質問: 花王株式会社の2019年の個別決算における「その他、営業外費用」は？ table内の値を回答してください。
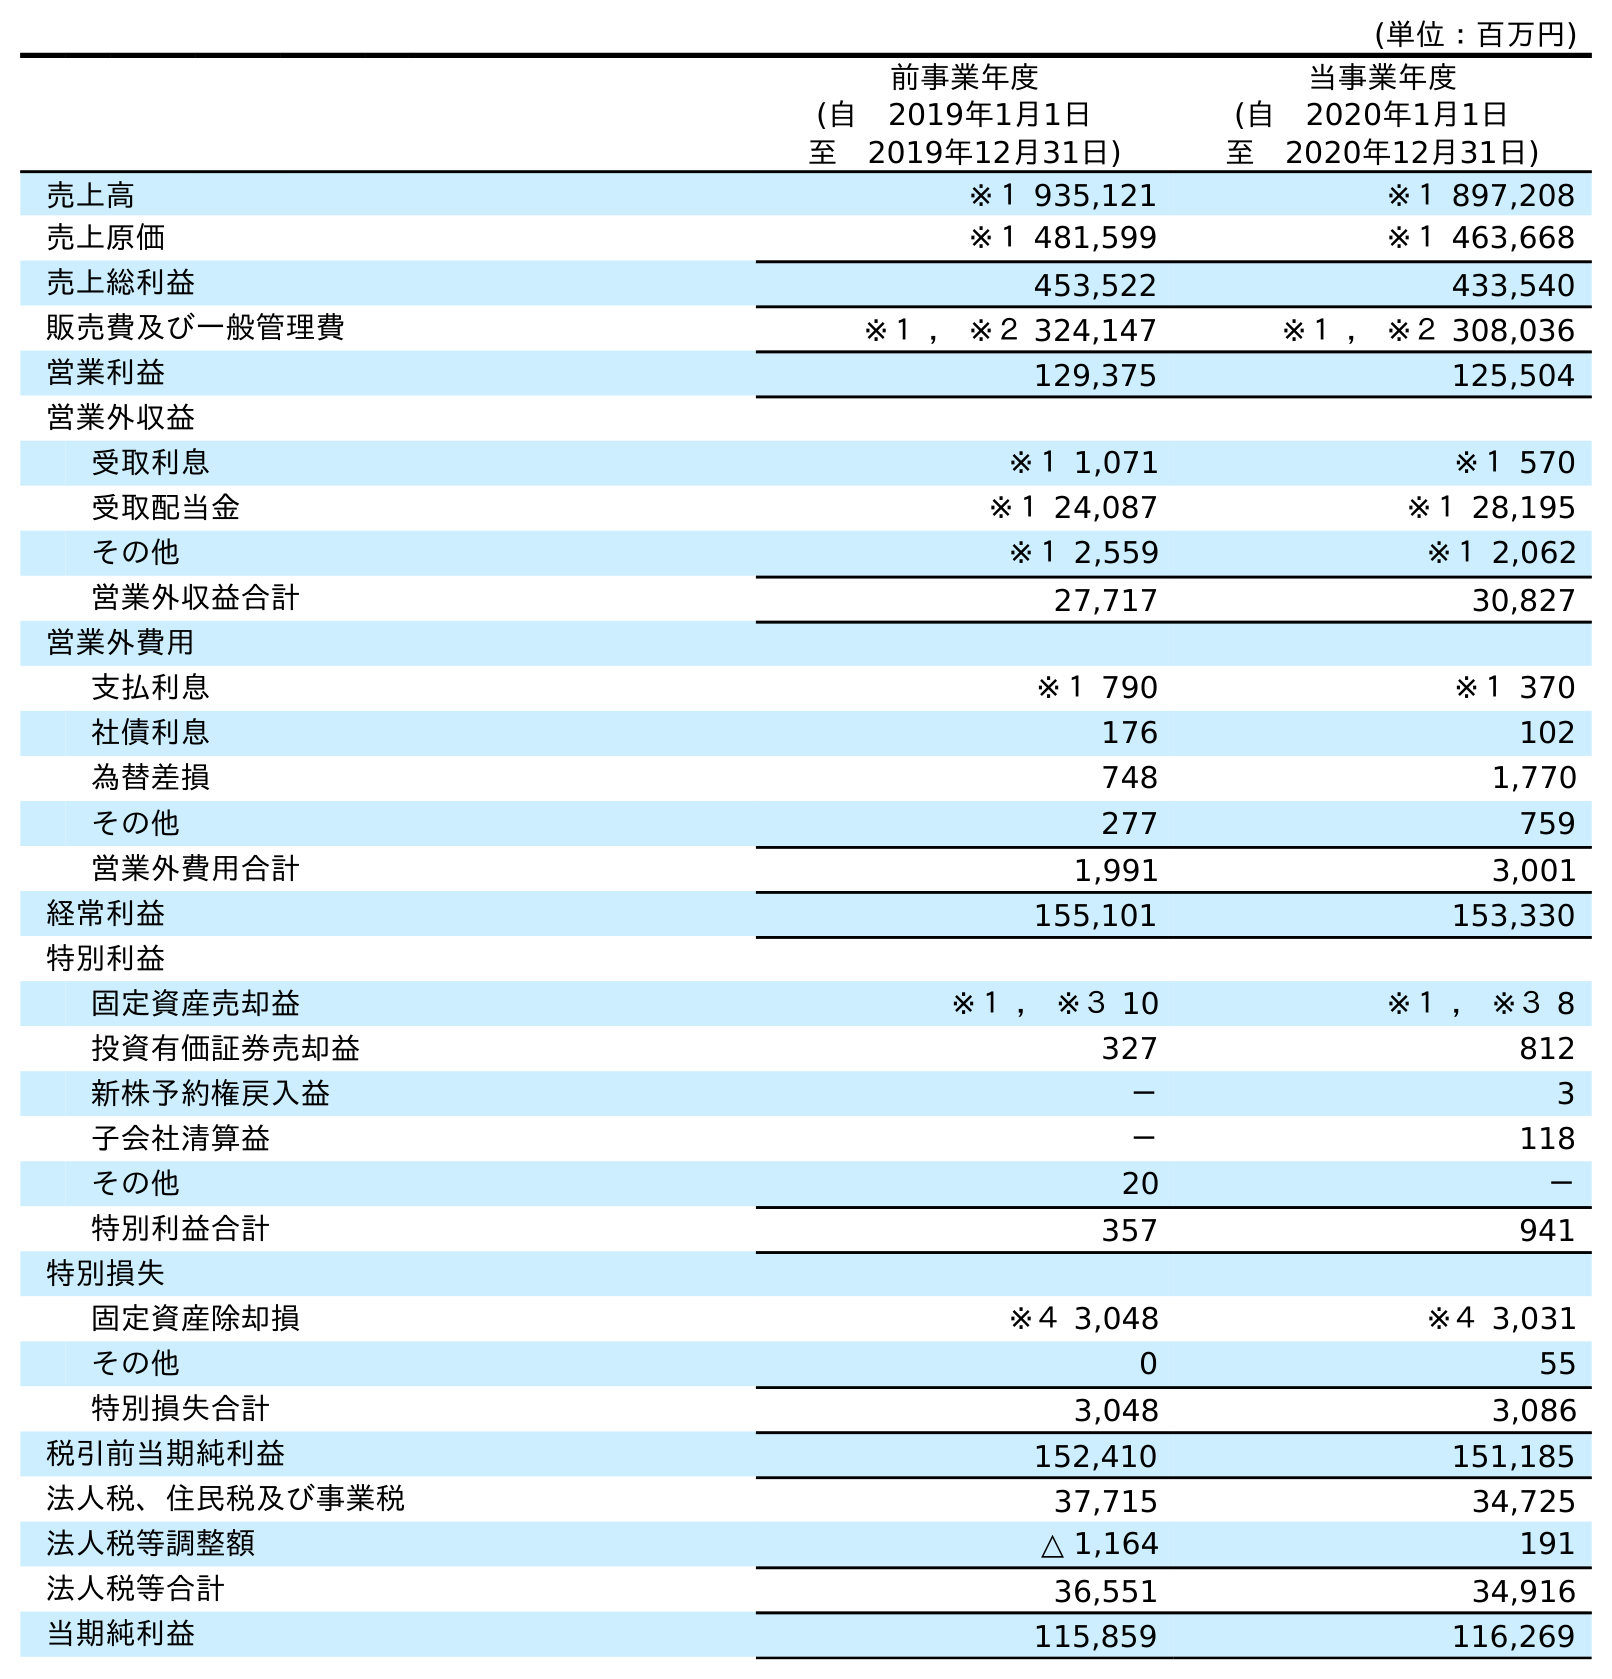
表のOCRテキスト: (単位：百万円) 前事業年度 (自 2019年1月1日 至 2019年12月31日) 当事業年度 (自 2020年1月1日 至 2020年12月31日) 売上高 ※１ 935,121 ※１ 897,208 売上原価 ※１ 481,599 ※１ 463,668 売上総利益 453,522 433,540 販売費及び一般管理費 ※１ ， ※２ 324,147 ※１ ， ※２ 308,036 営業利益 129,375 125,504 営業外収益 受取利息 ※１ 1,071 ※１ 570 受取配当金 ※１ 24,087 ※１ 28,195 その他 ※１ 2,559 ※１ 2,062 営業外収益合計 27,717 30,827 営業外費用 支払利息 ※１ 790 ※１ 370 社債利息 176 102 為替差損 748 1,770 その他 277 759 営業外費用合計 1,991 3,001 経常利益 155,101 153,330 特別利益 固定資産売却益 ※１ ， ※３ 10 ※１ ， ※３ 8 投資有価証券売却益 327 812 新株予約権戻入益 － 3 子会社清算益 － 118 その他 20 － 特別利益合計 357 941 特別損失 固定資産除却損 ※４ 3,048 ※４ 3,031 その他 0 55 特別損失合計 3,048 3,086 税引前当期純利益 152,410 151,185 法人税、住民税及び事業税 37,715 34,725 法人税等調整額 △ 1,164 191 法人税等合計 36,551 34,916 当期純利益 115,859 116,269
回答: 277